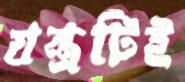
যন্ত্রটিই